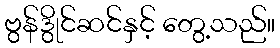
ဗွန်ဒွိုင်ဆင်နှင့် တွေ့သည်။